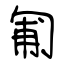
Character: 匍